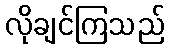
လိုချင်ကြသည်